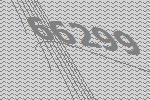
66299